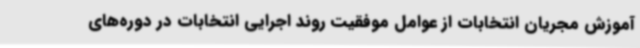
آموزش مجریان انتخابات از عوامل موفقیت روند اجرایی انتخابات در دوره‌های